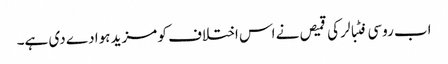
اب روسی فٹبالر کی قمیص نے اس اختلاف کو مزید ہوا دے دی ہے۔